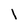
Character: l